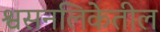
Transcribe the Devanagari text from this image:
श्वसनलिकेतील